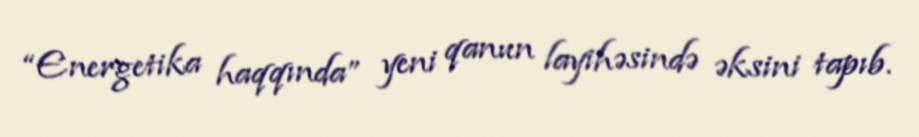
“Energetika haqqında” yeni qanun layihəsində əksini tapıb.